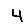
Digit: 4